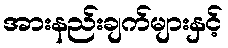
အားနည်းချက်များနှင့်